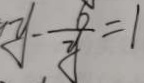
y - \frac { 6 } { y } = 1